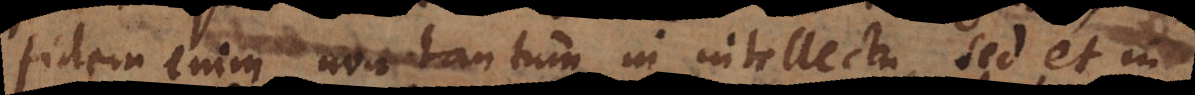
fidem enim non tantum in intellectu, sed et in